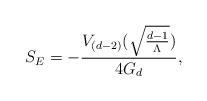
LaTeX: \begin{align*}S_{E} = - \frac{V_{(d-2)}(\sqrt{\frac{d-1}{\Lambda}})}{4 G_{d}},\end{align*}